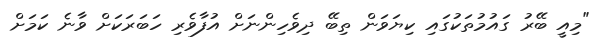
"މިއީ ބޭރު ގައުމުތަކުގައި ކިޔަވަން ތިބޭ ދިވެހިންނަށް އުފާވެރި ހަބަރަކަށް ވާނެ ކަމަށް